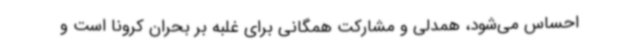
احساس می‌شود، همدلی و مشارکت همگانی برای غلبه بر بحران کرونا است و